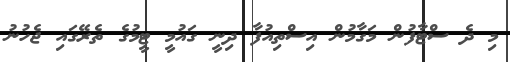
މި ދެ ސްޓާފުން މަގާމުން އިސްތިއުފާ ދިނީ ގައުމީ ޓީމުގެ ތެރޭގައި ޖެހުނު